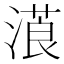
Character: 𣻡